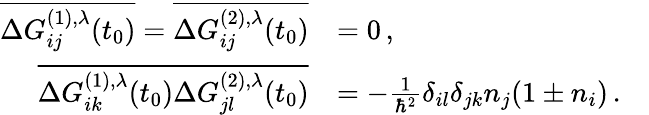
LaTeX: \begin{array}{rl}{\overline{{\Delta G_{ij}^{(1),\lambda}(t_{0})}}=\overline{{\Delta G_{ij}^{(2),\lambda}(t_{0})}}}&{=0\, ,}\\ {\overline{{\Delta G_{ik}^{(1),\lambda}(t_{0})\Delta G_{jl}^{(2),\lambda}(t_{0})}}}&{=-\frac{1}{\hbar^{2}}\delta_{il}\delta_{jk}n_{j}(1\pm n_{i})\, .\quad}\end{array}